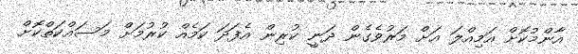
އާންމުކޮށް އަމިއްލަ އަށް މަރުވެގެން ދަނީ ކުރިން އެފަދަ ކަމެއް ކުރުމަށް މަސައްކަތްކޮށް